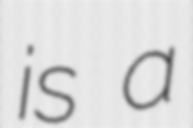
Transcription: is a